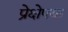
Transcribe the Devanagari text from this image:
प्रेक्षेपक